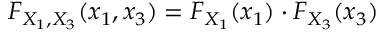
F _ { X _ { 1 } , X _ { 3 } } ( x _ { 1 } , x _ { 3 } ) = F _ { X _ { 1 } } ( x _ { 1 } ) \cdot F _ { X _ { 3 } } ( x _ { 3 } )